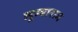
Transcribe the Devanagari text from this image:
लूम्बाराम